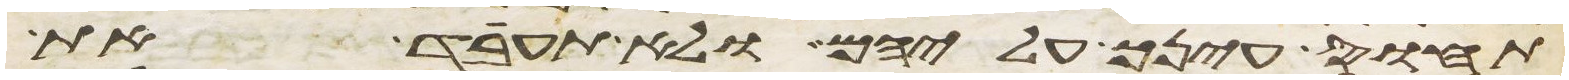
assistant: תחוס עינך עליהם ולא תעבד את